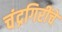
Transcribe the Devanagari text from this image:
चंद्रगिरींचे